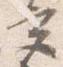
宮